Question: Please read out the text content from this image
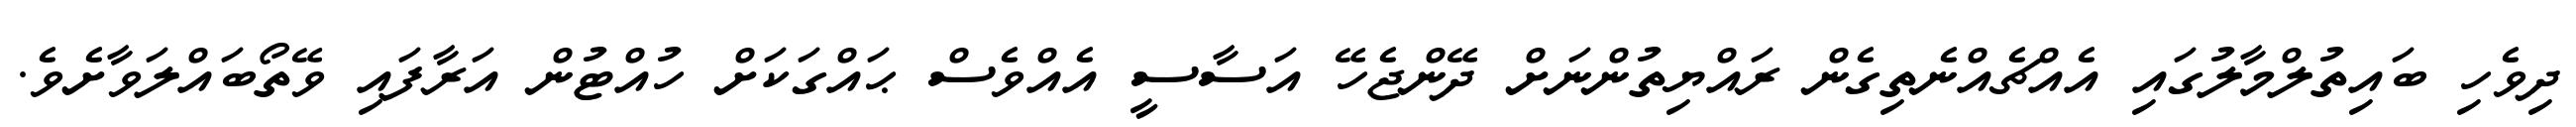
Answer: ދިވެހި ބައިތުލްމާލުގައި އެއްޗެއްނެތިގެން ރައްޔިތުންނަށް ދޭންޖެހޭ އަސާސީ އެއްވެސް ޙައްގަކަށް ހުއްޓުން އަރާފައި ވޭތޯބައްލަވާށެވެ.